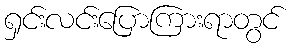
ရှင်းလင်းပြောကြားရာတွင်